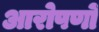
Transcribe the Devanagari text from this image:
आरोपणों